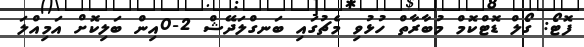
ފޮޓޯ: ގޯލް ޑޮޓްކޮމް މުބާރާތް ހުޅުވި މެޗުގައި ބަނގްލަދޭޝް 2-0އިން ބަލިކޮށް އަމިއްލަ